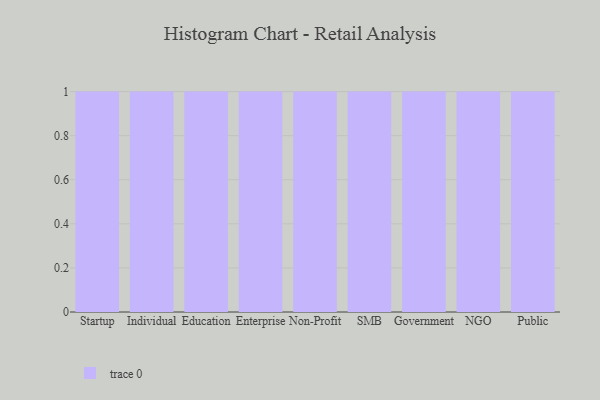
{"axis": {"x": "Segment", "y": "Market Share (%)"}, "legend": [""], "data": [{"x": "Startup", "y": 42, "type": ""}, {"x": "Individual", "y": 81, "type": ""}, {"x": "Education", "y": 14, "type": ""}, {"x": "Enterprise", "y": 67, "type": ""}, {"x": "Non-Profit", "y": 92, "type": ""}, {"x": "SMB", "y": 16, "type": ""}, {"x": "Government", "y": 91, "type": ""}, {"x": "NGO", "y": 92, "type": ""}, {"x": "Public", "y": 94, "type": ""}]}